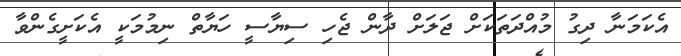
އެކަމަނާ ދިގު މުއްދަތަކަށް ޖަލަށް ދާން ޖެހި ސިޔާސީ ހަޔާތް ނިމުމަކީ އެކަށީގެންވާ